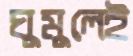
ঘুমুলেই